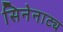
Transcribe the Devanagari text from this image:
सिनेनाट्य